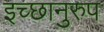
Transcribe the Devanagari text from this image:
इच्छानुरुप